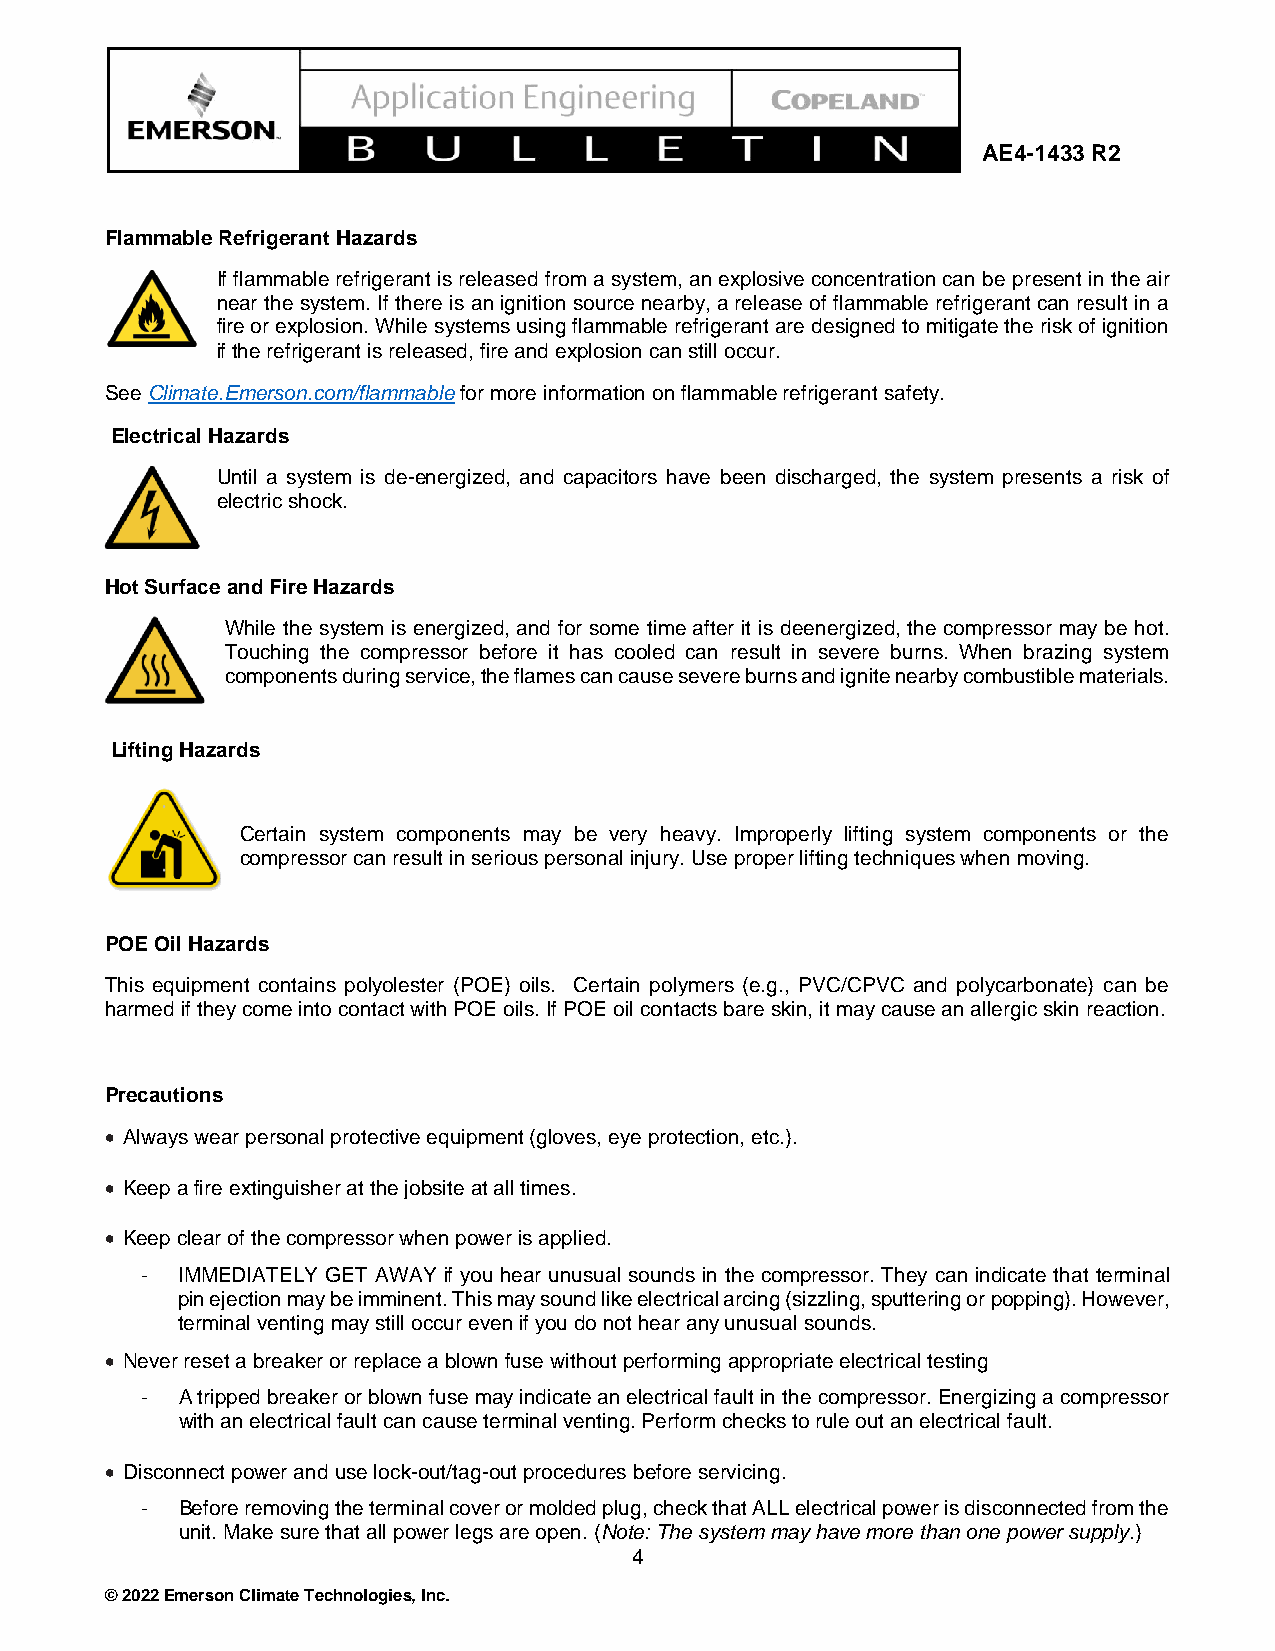
AE4-1433 R2
 Flammable Refrigerant Hazards
 If flammable refrigerant is released from a system, an explosive concentration can be present in the air
 near the system. If there is an ignition source nearby, a release of flammable refrigerant can result in a
 fire or explosion. While systems using flammable refrigerant are designed to mitigate the risk of ignition
 if the refrigerant is released, fire and explosion can still occur.
 See Climate.Emerson.com/flammable for more information on flammable refrigerant safety.
 Electrical Hazards
 Until a system is de-energized, and capacitors have been discharged, the system presents a risk of
 electric shock.
 Hot Surface and Fire Hazards
 While the system is energized, and for some time after it is deenergized, the compressor may be hot.
 Touching the compressor before it has cooled can result in severe burns. When brazing system
 components during service, the flames can cause severe burns and ignite nearby combustible materials.
 Lifting Hazards
 Certain system components may be very heavy. Improperly lifting system components or the
 compressor can result in serious personal injury. Use proper lifting techniques when moving.
 POE Oil Hazards
 This equipment contains polyolester (POE) oils. Certain polymers (e.g., PVC/CPVC and polycarbonate) can be
 harmed if they come into contact with POE oils. If POE oil contacts bare skin, it may cause an allergic skin reaction.
 Precautions
 • Always wear personal protective equipment (gloves, eye protection, etc.).
 • Keep a fire extinguisher at the jobsite at all times.
 • Keep clear of the compressor when power is applied.
 -  IMMEDIATELY GET AWAY if you hear unusual sounds in the compressor. They can indicate that terminal
 pin ejection may be imminent. This may sound like electrical arcing (sizzling, sputtering or popping). However,
 terminal venting may still occur even if you do not hear any unusual sounds.
 • Never reset a breaker or replace a blown fuse without performing appropriate electrical testing
 -  A tripped breaker or blown fuse may indicate an electrical fault in the compressor. Energizing a compressor
 with an electrical fault can cause terminal venting. Perform checks to rule out an electrical fault.
 • Disconnect power and use lock-out/tag-out procedures before servicing.
 -  Before removing the terminal cover or molded plug, check that ALL electrical power is disconnected from the
 unit. Make sure that all power legs are open. (Note: The system may have more than one power supply.)
 4
 © 2022 Emerson Climate Technologies, Inc.